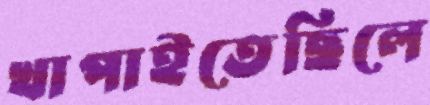
খাপাইতেছিলে